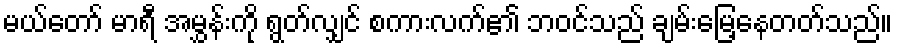
မယ်တော် မာရီ အမွှန်းကို ရွတ်လျှင် စကားလက်၏ ဘဝင်သည် ချမ်းမြေ့နေတတ်သည်။